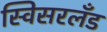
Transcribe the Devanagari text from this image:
स्विसरलँड